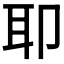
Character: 𫆀